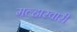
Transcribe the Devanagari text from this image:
मल्हारवारी